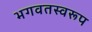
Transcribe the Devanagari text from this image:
भगवतस्वरूप